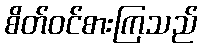
စိတ်ဝင်စားကြသည်